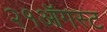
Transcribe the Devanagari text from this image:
२१ऑगस्ट